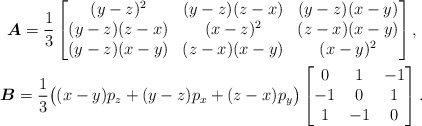
\begin{gather*}\boldsymbol{A}=\frac{1}{3}\left[\begin{matrix}(y-z)^2&(y-z)(z-x)&(y-z)(x-y)\\(y-z)(z-x)&(x-z)^2&(z-x)(x-y)\\(y-z)(x-y)&(z-x)(x-y)&(x-y)^2\end{matrix}\right ] ,\\\boldsymbol{B}=\frac{1}{3}\big ( (x-y)p_z+(y-z)p_x+(z-x)p_y \big)\left[\begin{matrix}0&1&-1\\-1&0&1\\1&-1&0\end{matrix}\right ] .\end{gather*}